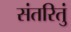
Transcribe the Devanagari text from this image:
संतरितुं